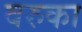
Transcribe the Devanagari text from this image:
वरुका